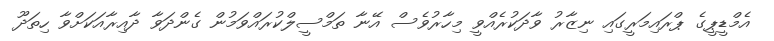
އެމްޑީޕީގެ ޕްރައިމަރީގައި ނިޒާރު ވާދަކުރެއްވީ މިހާރުވެސް އޭނާ ތަމްސީލްކުރައްވަމުން ގެންދަވާ ދާއިރާއަކަށްވާ ހިތަދޫ